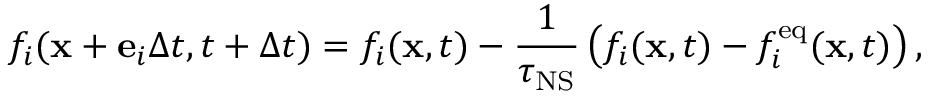
f _ { i } ( \mathbf { x } + \mathbf { e } _ { i } \Delta t , t + \Delta t ) = f _ { i } ( \mathbf { x } , t ) - \frac { 1 } { \tau _ { \mathrm { N S } } } \left( f _ { i } ( \mathbf { x } , t ) - f _ { i } ^ { \mathrm { e q } } ( \mathbf { x } , t ) \right) ,